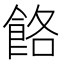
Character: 餎